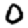
Digit: 0